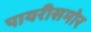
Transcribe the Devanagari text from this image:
पायरीसमोर